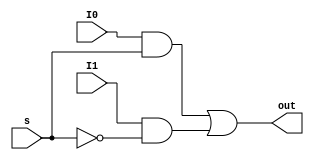
module mux2x1(
    input I0, I1, s,
    output out
    );
    wire w1, w2, w3;
    not(w1, s);
    and(w2,I0,s);
    and(w3,I1,w1);
    or(out,w2, w3);
endmodule

module mux_4x1(
    input I0, I1,I2,I3, s0,s1,
    output out
    );
    wire w1,w2;
    mux2x1 m1(I0, I1,s0,w1);
    mux2x1 m2(I2, I3,s0,w2);
    mux2x1 m3(w1, w2,s1,out);
endmodule